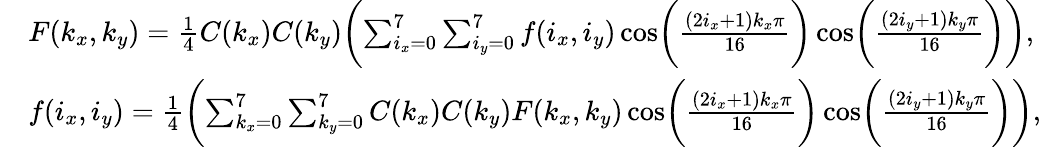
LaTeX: \begin{array}{rl}&{F(k_{x},k_{y})=\frac{1}{4}C(k_{x})C(k_{y})\biggl(\sum_{i_{x}=0}^{7}\sum_{i_{y}=0}^{7}f(i_{x},i_{y})\cos\biggl(\frac{(2i_{x}+1)k_{x}\pi}{16}\biggr)\cos\biggl(\frac{(2i_{y}+1)k_{y}\pi}{16}\biggr)\biggr),}\\ &{f(i_{x},i_{y})=\frac{1}{4}\biggl(\sum_{k_{x}=0}^{7}\sum_{k_{y}=0}^{7}C(k_{x})C(k_{y})F(k_{x},k_{y})\cos\biggl(\frac{(2i_{x}+1)k_{x}\pi}{16}\biggr)\cos\biggl(\frac{(2i_{y}+1)k_{y}\pi}{16}\biggr)\biggr),}\end{array}